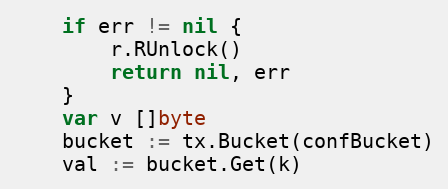
Language: Go
	if err != nil {
		r.RUnlock()
		return nil, err
	}
	var v []byte
	bucket := tx.Bucket(confBucket)
	val := bucket.Get(k)